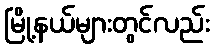
မြို့နယ်များတွင်လည်း